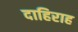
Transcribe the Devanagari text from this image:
दाहिराह